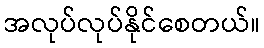
အလုပ်လုပ်နိုင်စေတယ်။